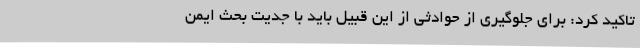
تاکید کرد: برای جلوگیری از حوادثی از این قبیل باید با جدیت بحث ایمن